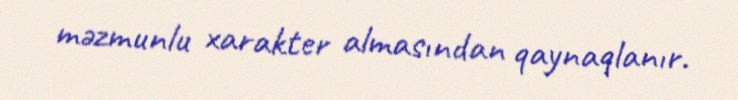
məzmunlu xarakter almasından qaynaqlanır.